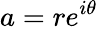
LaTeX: a=re^{i\theta}